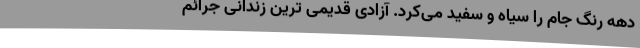
دهه رنگ جام را سیاه و سفید می‌کرد. آزادی قدیمی ترین زندانی جرائم